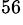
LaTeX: ^{56}